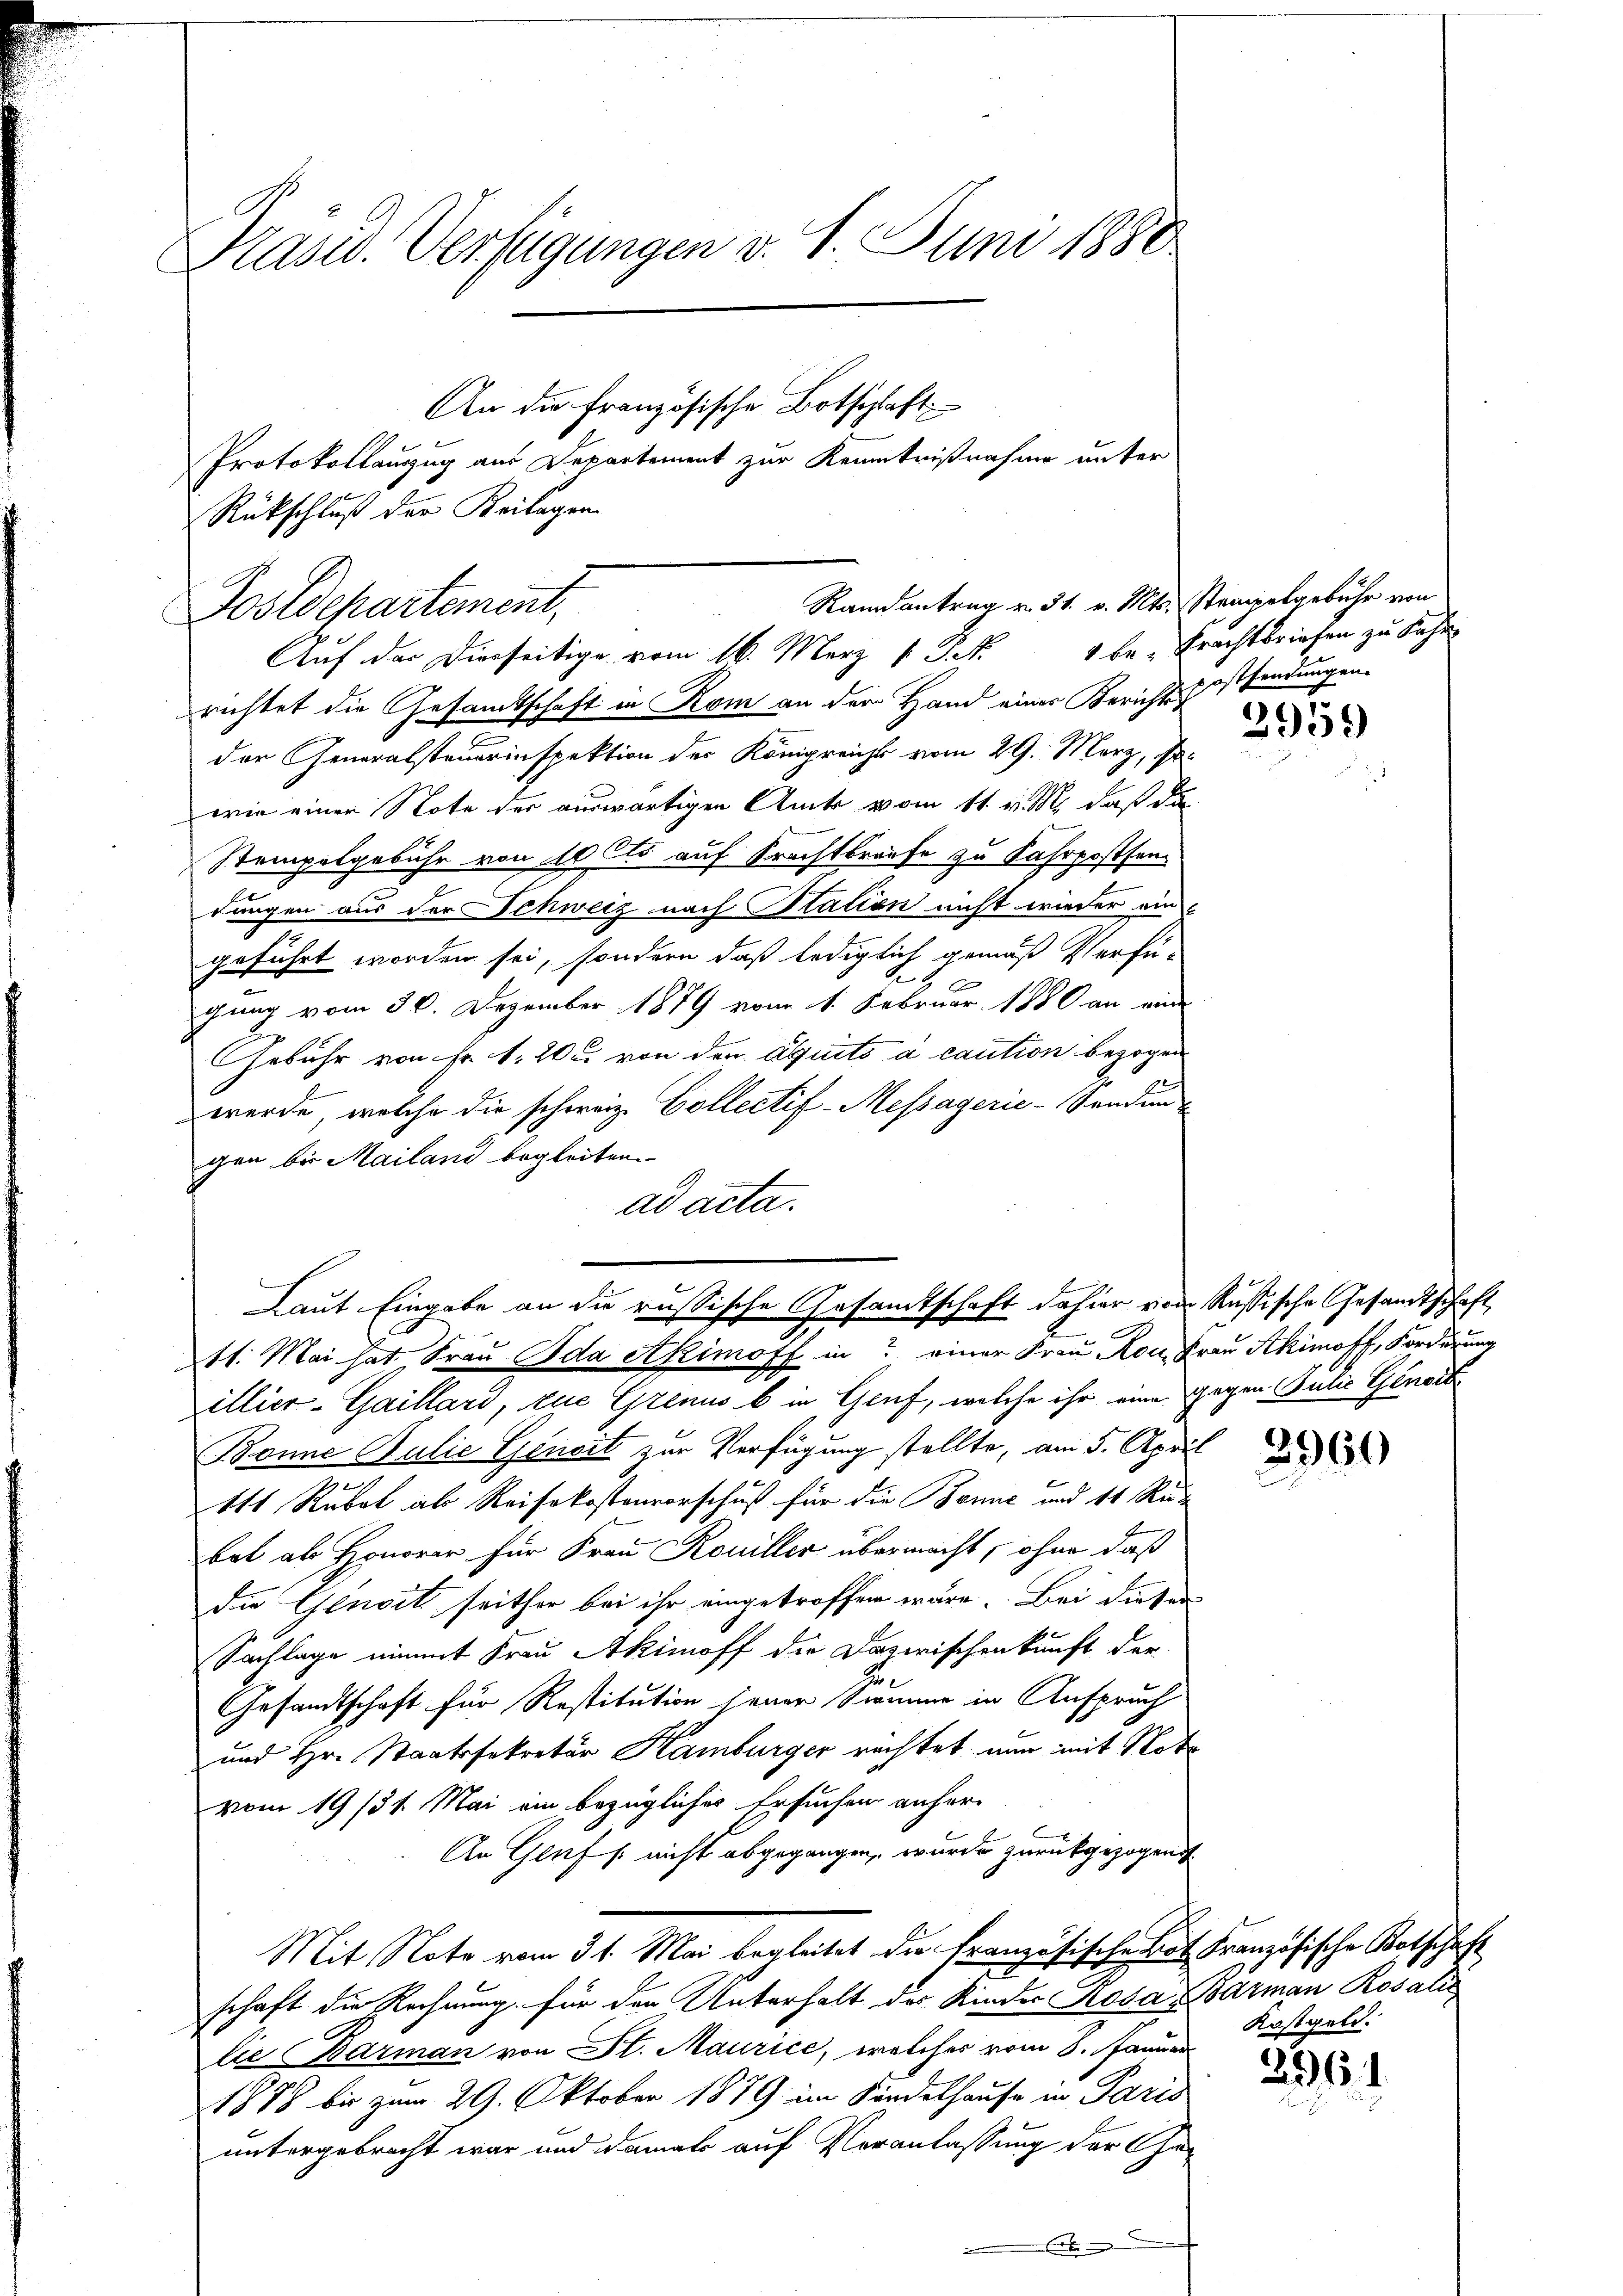
Präsid. Verfügungen v. 1. Juni 1880
An die Französische Botschlaft
Protokollauszug aus Departement zur Kenntnißnahme unter
Rückschluß der Keilagen

Randantrag v. 31. v. Mts. Stempelgebühr von
Postdepartement,
Auf der Dierseitige vom 16. März v. J. R. 4 be- Prachtbriefen zu sehr

richtet die Gesandtschaft in Rom an der Hand einer Berichtessendungen.
der Generalsteuerinspektion der Königreicht vom 29. März, so
wie einer Note der auswärtigen Amts vom 11. v. M. daß die
Stempelgebühr von 10 s auf Srachtraufe zu Fahrpostsan
dungen aus der Schweiz nach Station nicht wieder ein
geführt worden sei, sondern daß lediglich gemäß Verfü-
e
gung vom 30. Dezember 1879 vom 1. Februar 1880 an ein
GGebühr von Fr. 1. 20. von den Aguito a caution bezogen
werde, welche die schweiz. Collectif-Messagerie-Sendun
gen bis Mailand begleiten.
ad acta.
illier-Gaillard, zue Grenus b in Genf, welche ihr eine gegen Julie Generbi
Bonne Palie Geneit zur Verfügung stellte, am 5. April
111 Rubet als Reisekostenvorschuß für die Bonne und 41 Rubat als Honorar für Frau Rouiller übermacht, ohne daß
die Genoit seither bei ihr eingetroffen wäre. Bei diesen
Sachlage nimmt Frau Akimoff die Dazwischenkunft der
Gesandtschaft für Restitution jener Simme in Anspruch
und Hr. Staatssekretär Hamburger rechtet nun mit Note
vom 19/31. Mai ein bezügliches Ersuchen anfer-
An Gluf /: nicht abgegangen, wurde zurückgezogen
Mit Note vom 31. Mai begleitet die Französische Bot Französische Kotschaft
schaft die Rechnung für den Unterhalt der Kinder Rosa Barman Rosalis
lie Barman von St. Maurice, welches vom 8. Januar
1878 bis zum 29. Oktober 1879 im Kindelhause in Paris
untergebracht war und damals auf Veranlassung der Ge¬

Laut Eingabe an die russische Gesamtschaft dahier von Rußische Gesandtschaft
11. Mai hat Frau Ida Akimoff in einer Frau Ron Frau Akimoft, Forderung

2959)

Kostgeld.

2064